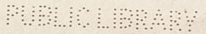
PUBLIC LIBRARY